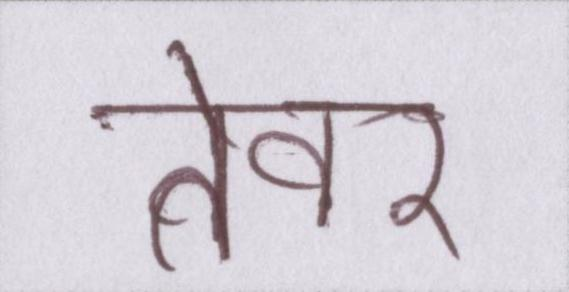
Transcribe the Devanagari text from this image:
तेवर